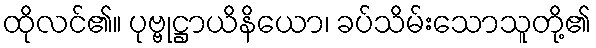
ထိုလင်၏။ ပုဗ္ဗုဋ္ဌာယိနိယော၊ ခပ်သိမ်းသောသူတို့၏